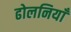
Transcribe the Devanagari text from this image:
ढोलनियाँ